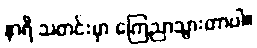
နာရီ သတင်းမှာ ကြေညာသွားတာပါ။